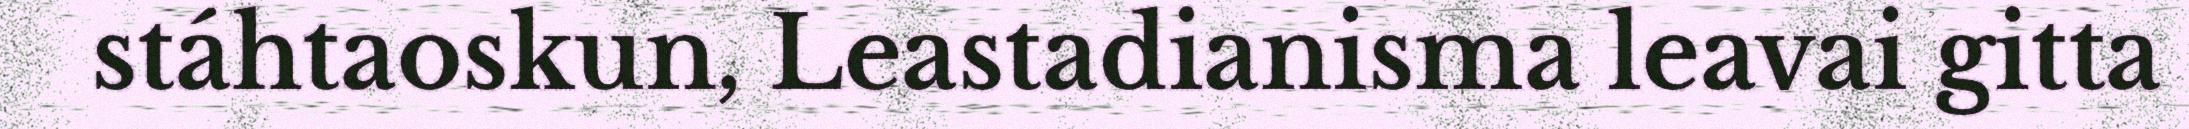
stáhtaoskun, Leastadianisma leavai gitta